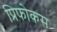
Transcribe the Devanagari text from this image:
प्रिफोकस